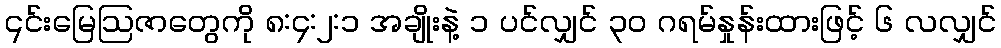
၎င်းမြေဩဇာတွေကို ၈:၄:၂:၁ အချိုးနဲ့ ၁ ပင်လျှင် ၃၀ ဂရမ်နှုန်းထားဖြင့် ၆ လလျှင်